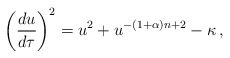
\begin{align*}\left({du\over d\tau}\right)^2 = u^2+ u^{-(1+\alpha)n+2}-\kappa \,,\end{align*}